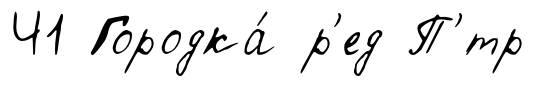
Ч1 Городка́ р'ед П'́тр